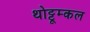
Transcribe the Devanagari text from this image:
थोट्टूम्कल